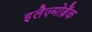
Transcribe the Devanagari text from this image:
इलैज़्मोब्रैंक